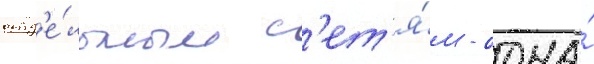
отд'е́льным с'ет'я́м - одна́